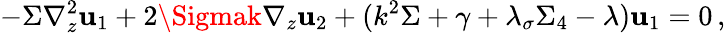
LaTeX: -\Sigma\nabla_{z}^{2}\mathbf{u}_{1}+2\Sigmak\nabla_{z}\mathbf{u}_{2}+(k^{2}\Sigma+\gamma+\lambda_{\sigma}\Sigma_{4}-\lambda)\mathbf{u}_{1}=0\, ,